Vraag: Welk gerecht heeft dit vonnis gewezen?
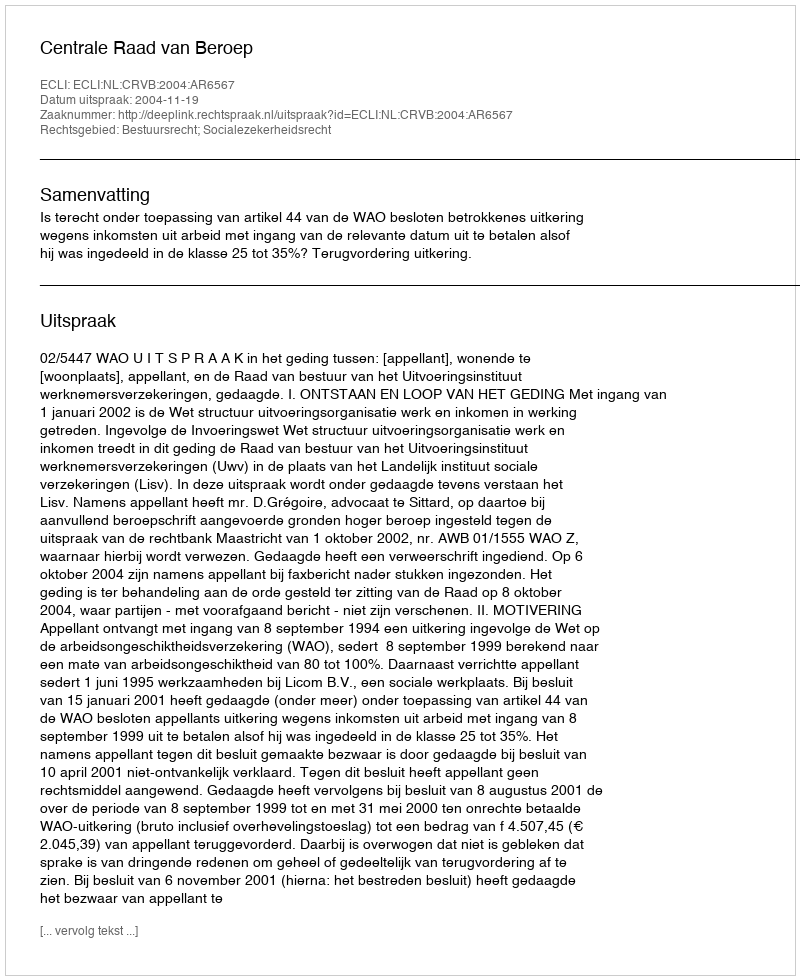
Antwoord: Centrale Raad van Beroep